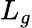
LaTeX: L_{g}